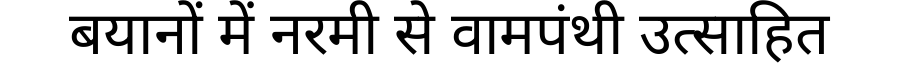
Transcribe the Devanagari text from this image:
बयानों में नरमी से वामपंथी उत्साहित